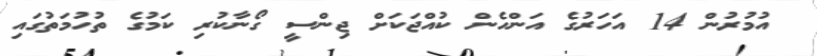
އުމުރުން 14 އަހަރުގެ އަންހެން ކުއްޖަކަށް ޖިންސީ ގޯނާކުރި ކަމުގެ ތުހުމަތުގައި